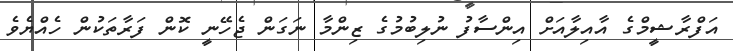
އަފްރާޝީމްގެ އާއިލާއަށް އިންސާފު ނުލިބުމުގެ ޒިންމާ ނަގަން ޖެހޭނީ ކޮން ފަރާތަކުން ހެއްޔެވެ